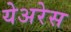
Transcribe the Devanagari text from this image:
येअरेस